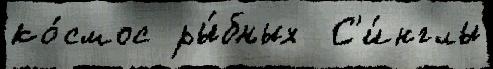
ко́смос ры́бных  С'и́нглы